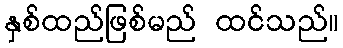
နှစ်ထည်ဖြစ်မည် ထင်သည်။